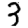
Digit: 3